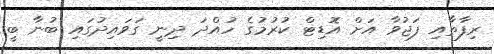
ރިފާތާއި ފަޖުވާ އަށް އޮޑިޓް ކުރުމުގެ ހުއްދަ ދިނީ ގަވައިދުގައި ބުނާ ބީ